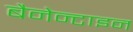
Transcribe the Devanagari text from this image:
बैनेन्टाइन